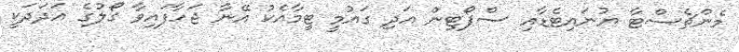
މެންޗެސްޓާ ޔުނައިޓެޑާއި ސްޕޯޓިން އަދި ގައުމީ ޓީމާއެކު އޭނާ ޖަހާފައިވާ ގޯލުގެ އަދަދަކީ